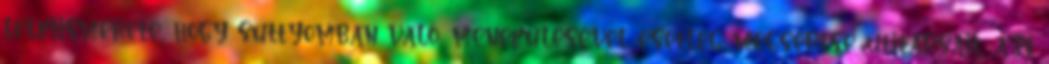
lelkiismerete, hogy suttyomban való, menekülésével esetleg megsértse utitársait, azt